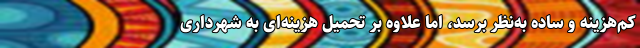
کم‌هزینه و ساده به‌نظر برسد، اما علاوه بر تحمیل هزینه‌ای به شهرداری